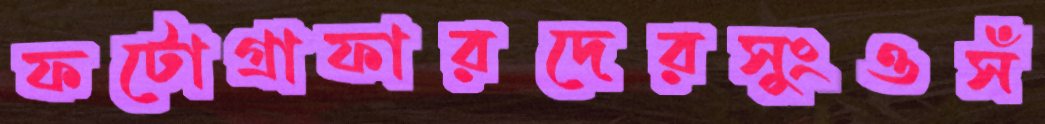
ফটোগ্রাফারদেরসুংওসঁ